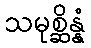
သမုစ္ဆိန္နံ